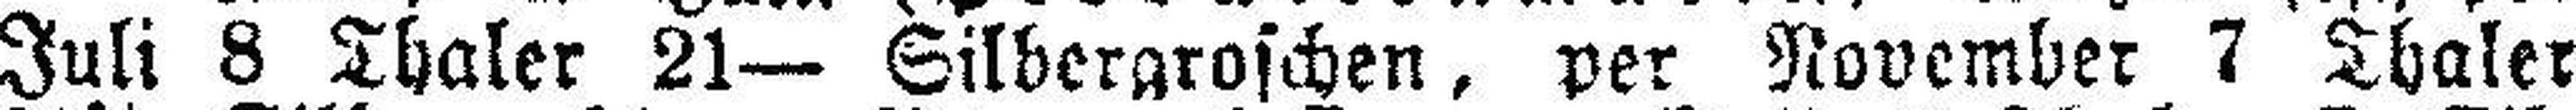
Juli 8 Thaler 21— Silbergroschen, per November 7 Thaler